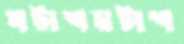
ঘটাশমটাশ